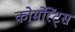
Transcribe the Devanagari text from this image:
कोर्मोरेंट्स